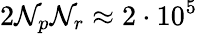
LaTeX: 2\mathcal{N}_{p}\mathcal{N}_{r}\approx2\cdot10^{5}